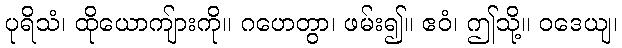
ပုရိသံ၊ ထိုယောကျ်ားကို။ ဂဟေတွာ၊ ဖမ်း၍။ ဧဝံ၊ ဤသို့။ ဝဒေယျ၊